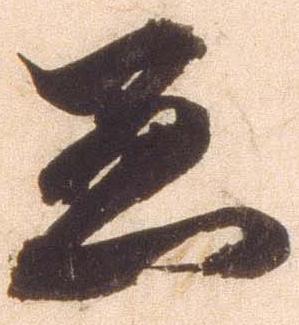
懸